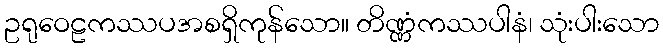
ဥရုဝေဠကဿပအစရှိကုန်သော။ တိဏ္ဏံကဿပါနံ၊ သုံးပါးသော